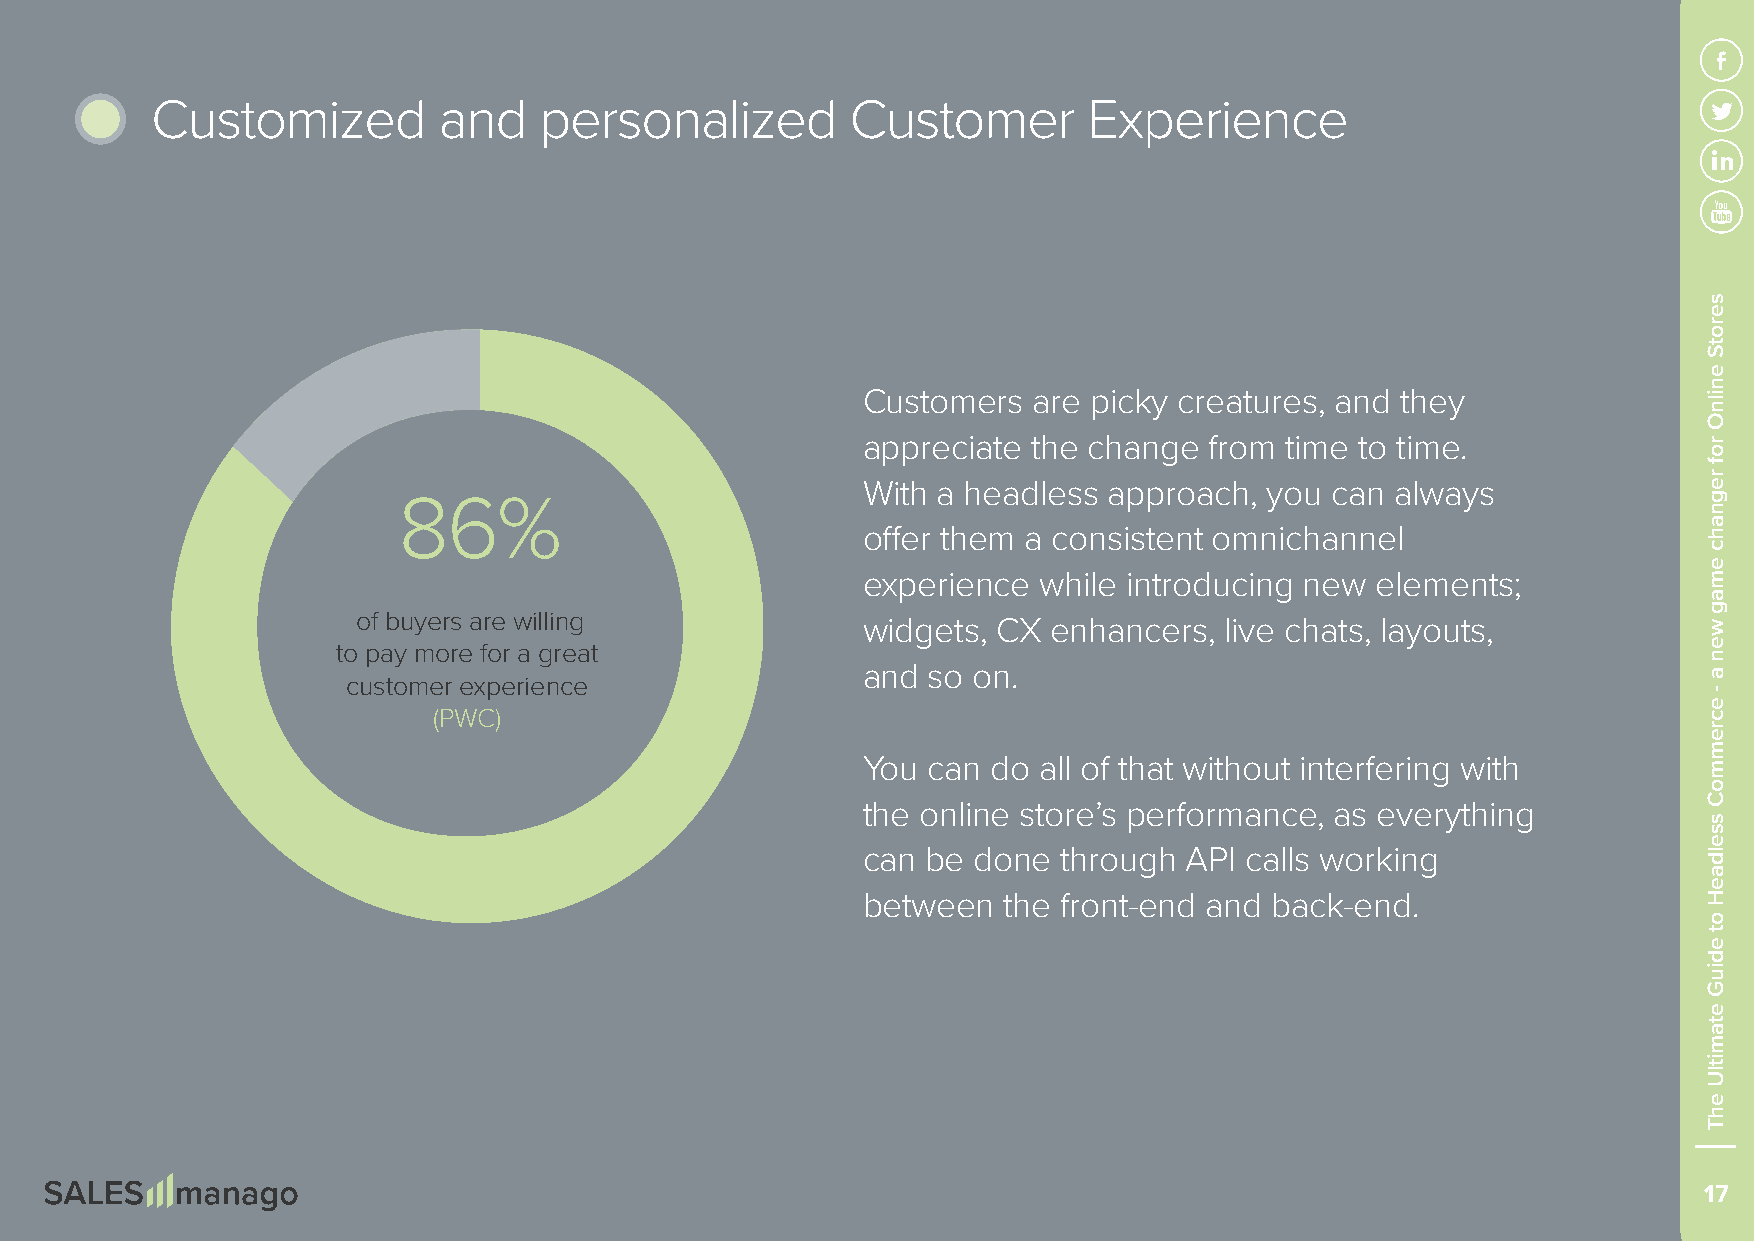
Customized         and    personalized        Customer        Experience
 Customers  are picky creatures, and they
 appreciate the change  from time to time.
 With a headless approach,  you can always
 86%
 offer them a consistent omnichannel
 experience  while introducing new elements;
 of buyers are willing
 widgets, CX  enhancers, live chats, layouts,
 to pay more for a great
 and so on.
 customer experience
 (PWC)
 You can  do all of that without interfering with
 the online store’s performance, as everything
 can be done  through  API calls working
 between  the front-end and back-end.
 17
 serotS
 enilnO
 rof
 regnahc
 emag
 wen
 a
 -
 ecremmoC
 sseldaeH
 ot
 ediuG
 etamitlU
 ehT